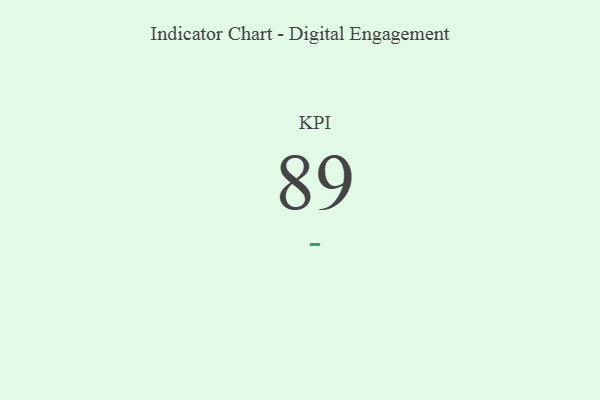
{"axis": {"x": "KPI", "y": "Value"}, "legend": [""], "data": [{"x": "KPI", "y": 89, "type": ""}]}